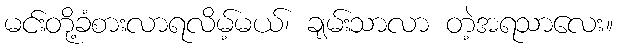
မင်းတို့ခံစားလာရလိမ့်မယ်၊ ချမ်းသာလာ တဲ့အရသာလေး။